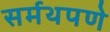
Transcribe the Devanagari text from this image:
सर्मथपणे